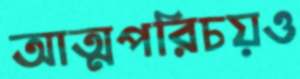
আত্মপরিচয়ও